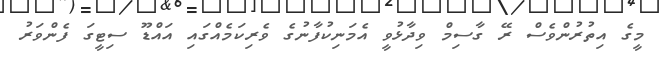
މީގެ އިތުރުންވެސް ރޭ ގާސިމް ވިދާޅުވީ އެމަނިކުފާނުގެ ވެރިކަމެއްގައި އައްޑޫ ސިޓީގަ ފެންވަރު